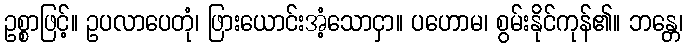
ဥစ္စာဖြင့်။ ဥပလာပေတုံ၊ ဖြားယောင်းအံ့သောငှာ။ ပဟောမ၊ စွမ်းနိုင်ကုန်၏။ ဘန္တေ၊